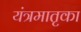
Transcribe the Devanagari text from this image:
यंत्रमातृका